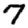
Digit: 7